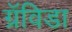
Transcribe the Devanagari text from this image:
ग्रॅविडा